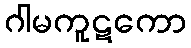
ဂါမကူဋကော